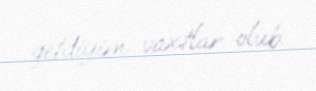
getdiyim vaxtlar olub.